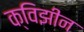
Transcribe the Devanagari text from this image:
क्विझीन